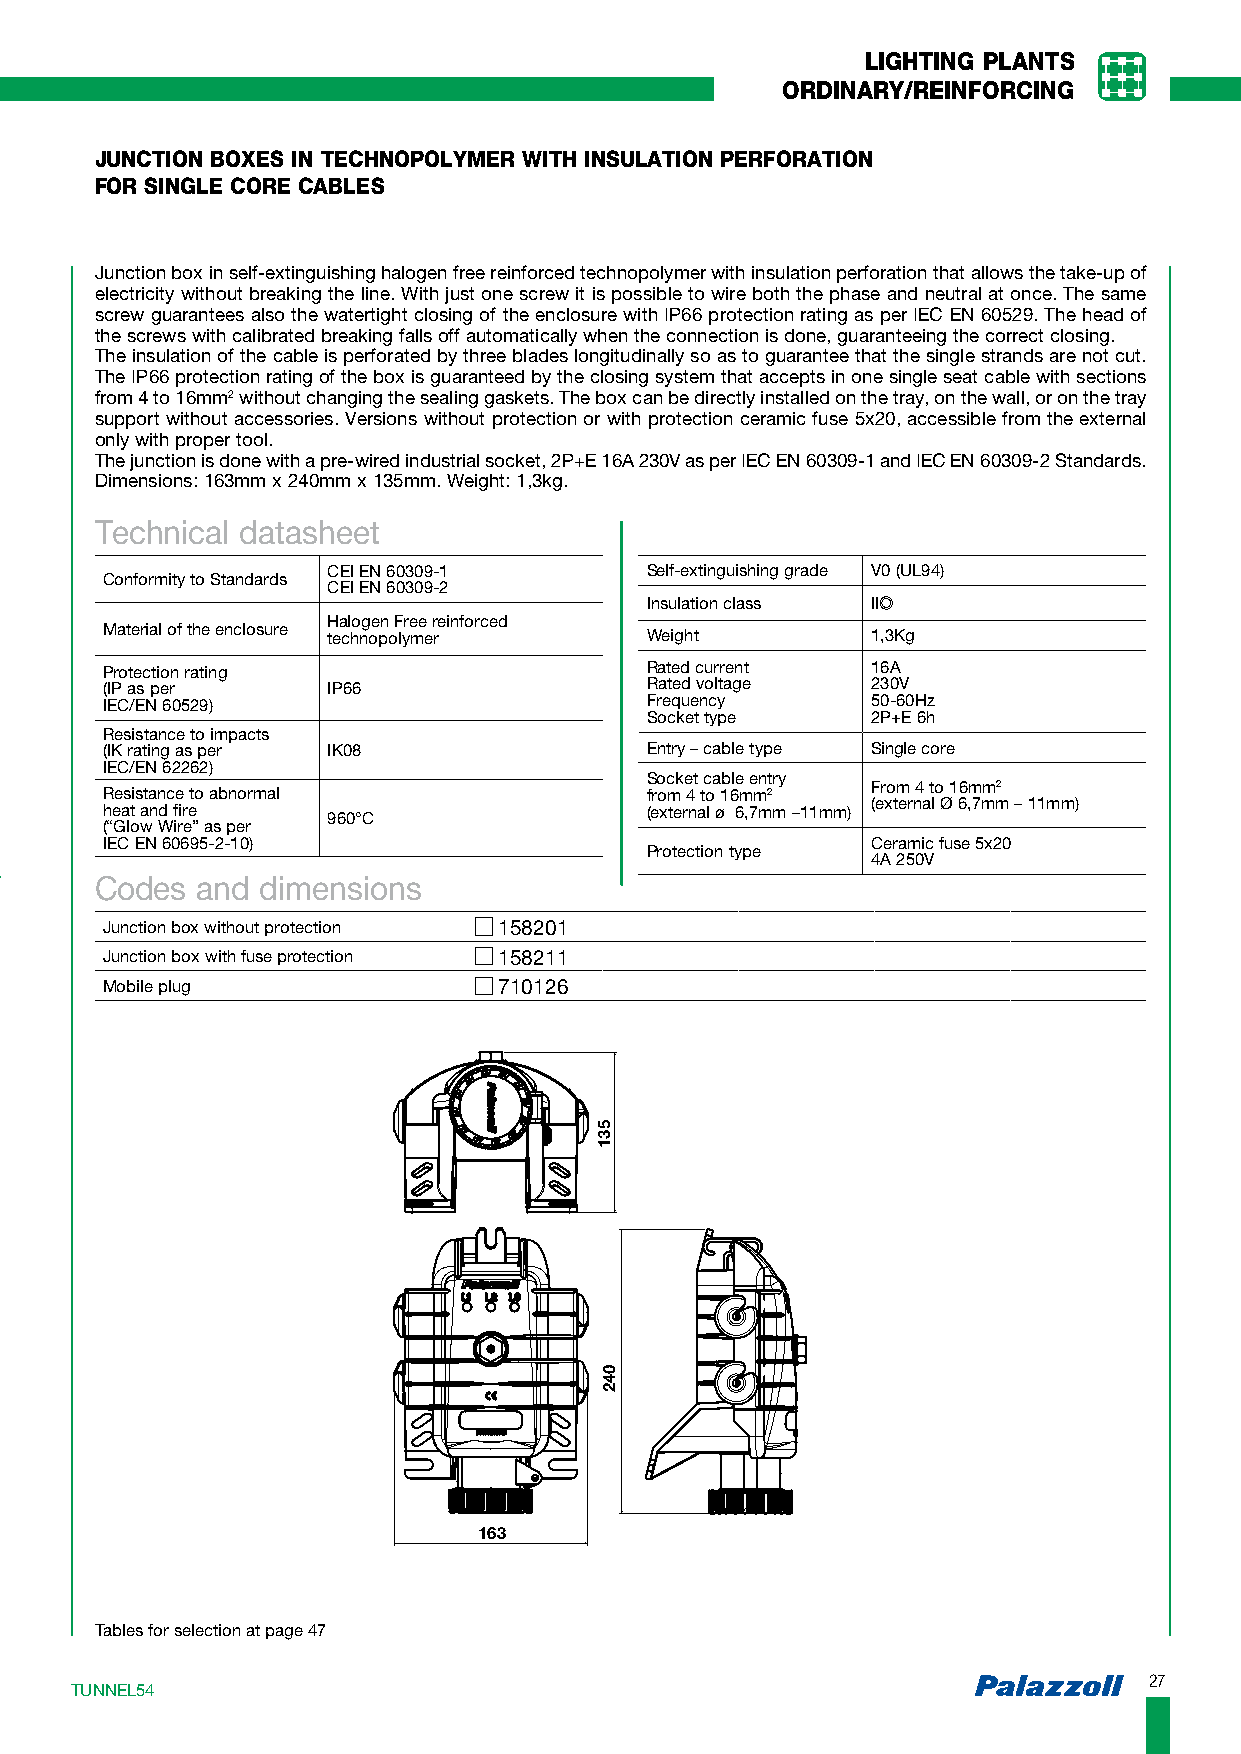
LIGHTING PLANTS
 ORDINARY/REINFORCING
 JUNCTION BOXES IN TECHNOPOLYMER WITH INSULATION PERFORATION
 FOR SINGLE CORE CABLES
 Junction box in self-extinguishing halogen free reinforced technopolymer with insulation perforation that allows the take-up of
 electricity without breaking the line. With just one screw it is possible to wire both the phase and neutral at once. The same
 screw guarantees also the watertight closing of the enclosure with IP66 protection rating as per IEC EN 60529. The head of
 the screws with calibrated breaking falls off automatically when the connection is done, guaranteeing the correct closing.
 The insulation of the cable is perforated by three blades longitudinally so as to guarantee that the single strands are not cut.
 The IP66 protection rating of the box is guaranteed by the closing system that accepts in one single seat cable with sections
 from 4 to 16mm2 without changing the sealing gaskets. The box can be directly installed on the tray, on the wall, or on the tray
 support without accessories. Versions without protection or with protection ceramic fuse 5x20, accessible from the external
 only with proper tool.
 The junction is done with a pre-wired industrial socket, 2P+E 16A 230V as per IEC EN 60309-1 and IEC EN 60309-2 Standards.
 Dimensions: 163mm x 240mm x 135mm. Weight: 1,3kg.
 Technical datasheet
 CEI EN 60309-1       Self-extinguishing grade V0 (UL94)
 Conformity to Standards
 CEI EN 60309-2
 Insulation class II
 Halogen Free reinforced
 Material of the enclosure technopolymer Weight     1,3Kg
 Protection rating                   Rated current  16A
 (IP as per     IP66                 Rated voltage  230V
 IEC/EN 60529)                       Frequency      50-60Hz
 Socket type    2P+E 6h
 Resistance to impacts
 (IK rating as per IK08              Entry – cable type Single core
 IEC/EN 62262)
 Socket cable entry
 From 4 to 16mm2
 Resistance to abnormal              from 4 to 16mm2
 (external Ø 6,7mm – 11mm)
 heat and fire                       (external ø 6,7mm –11mm)
 960°C
 (“Glow Wire” as per
 IEC EN 60695-2-10)                                 Ceramic fuse 5x20
 Protection type
 4A 250V
 Codes  and dimensions
 Junction box without protection 158201
 Junction box with fuse protection 158211
 Mobile plug               710126
 163
 Tables for selection at page 47
 2277
 TTUUNNNNEELL5544
 531
 042